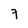
Character: 7